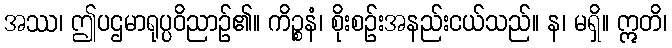
အဿ၊ ဤပဌမာရုပ္ပဝိညာဉ်၏။ ကိဉ္စနံ၊ စိုးစဉ်းအနည်းငယ်သည်။ န၊ မရှိ။ ဣတိ၊